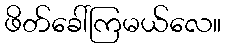
ဖိတ်ခေါ်ကြမယ်လေ။